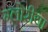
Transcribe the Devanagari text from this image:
ग्लोरीया